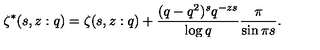
\zeta ^ { * } ( s , z : q ) = \zeta ( s , z : q ) + \frac { ( q - q ^ { 2 } ) ^ { s } q ^ { - z s } } { \log q } \frac { \pi } { \sin \pi s } .